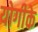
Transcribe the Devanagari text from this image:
योगीके